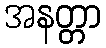
အနတ္တာ